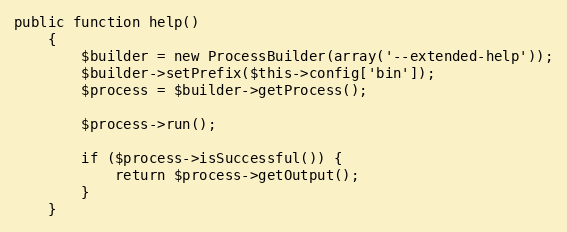
Language: PHP
public function help()
    {
        $builder = new ProcessBuilder(array('--extended-help'));
        $builder->setPrefix($this->config['bin']);
        $process = $builder->getProcess();

        $process->run();

        if ($process->isSuccessful()) {
            return $process->getOutput();
        }
    }